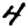
Digit: 4